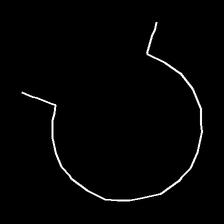
Glyph: weave